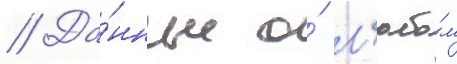
// Да́нные о́ л'юбо́м